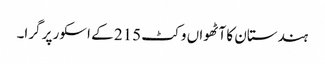
ہندستان کا آٹھواں وکٹ 215 کے اسکور پر گرا۔